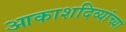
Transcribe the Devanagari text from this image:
आकाशदिव्यांच्या